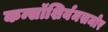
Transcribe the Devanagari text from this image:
कन्सॉशिर्यमसमोर